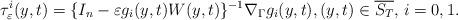
LaTeX: \begin{align*} \tau_\varepsilon^i(y,t) = \{I_n-\varepsilon g_i(y,t)W(y,t)\}^{-1}\nabla_\Gamma g_i(y,t), (y,t)\in\overline{S_T}, \, i=0,1.\end{align*}